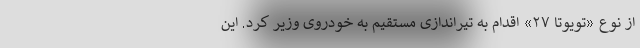
از نوع «تویوتا ۲۷» اقدام به تیراندازی مستقیم به خودروی وزیر کرد. این